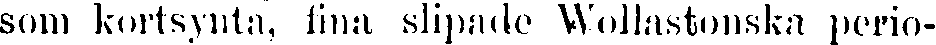
som kortsynta, fina slipade Wollastonska perio-